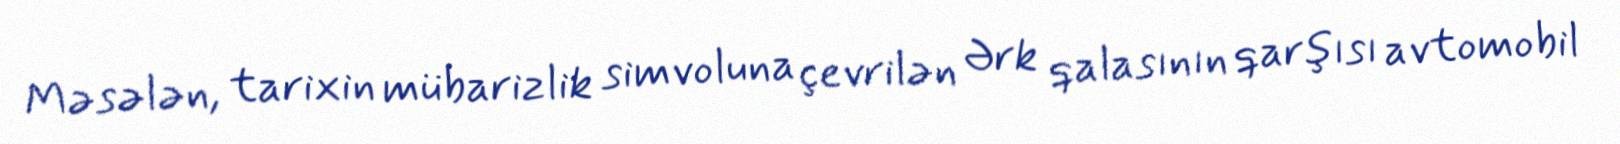
Məsələn, tarixin mübarizlik simvoluna çevrilən Ərk qalasının qarşısı avtomobil